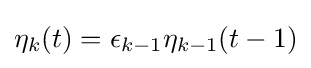
\eta _{k}(t)=\epsilon _{k-1}\eta _{k-1}(t-1)